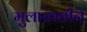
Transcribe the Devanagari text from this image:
मुलाखतीने